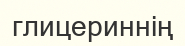
глицериннің